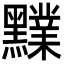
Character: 𪒲